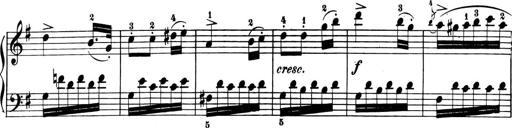
Title: 6 Piano Sonatinas
Composer: Cornelius Gurlitt